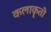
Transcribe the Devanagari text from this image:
कलाकॄती